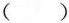
()